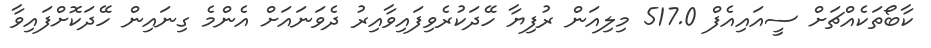
ކާބޯތަކެއްޗަށް ސީއައިއެފް 517.0 މިލިއަން ރުފިޔާ ހޭދަކުރެވިފައިވާއިރު ދެވަނައަށް އެންމެ ގިނައިން ހޭދަކޮށްފައިވާ